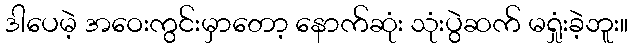
ဒါပေမဲ့ အဝေးကွင်းမှာတော့ နောက်ဆုံး သုံးပွဲဆက် မရှုံးခဲ့ဘူး။